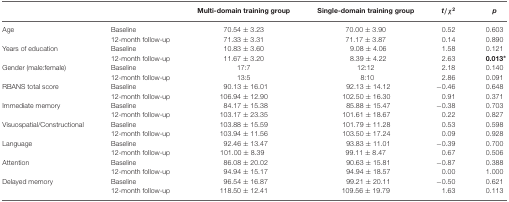
<table><thead><tr><td></td><td></td><td><b>Multi-domain training group</b></td><td><b>Single-domain training group</b></td><td><b><i>t</i>/χ<sup>2</sup></b></td><td><b><i>p</i></b></td></tr></thead><tbody><tr><td>Age</td><td>Baseline</td><td>70.54 ± 3.23</td><td>70.00 ± 3.90</td><td>0.52</td><td>0.603</td></tr><tr><td></td><td>12-month follow-up</td><td>71.33 ± 3.31</td><td>71.17 ± 3.87</td><td>0.14</td><td>0.890</td></tr><tr><td>Years of education</td><td>Baseline</td><td>10.83 ± 3.60</td><td>9.08 ± 4.06</td><td>1.58</td><td>0.121</td></tr><tr><td></td><td>12-month follow-up</td><td>11.67 ± 3.20</td><td>8.39 ± 4.22</td><td>2.63</td><td><b>0.013*</b></td></tr><tr><td>Gender (male:female)</td><td>Baseline</td><td>17:7</td><td>12:12</td><td>2.18</td><td>0.140</td></tr><tr><td></td><td>12-month follow-up</td><td>13:5</td><td>8:10</td><td>2.86</td><td>0.091</td></tr><tr><td>RBANS total score</td><td>Baseline</td><td>90.13 ± 16.01</td><td>92.13 ± 14.12</td><td>−0.46</td><td>0.648</td></tr><tr><td></td><td>12-month follow-up</td><td>106.94 ± 12.90</td><td>102.50 ± 16.30</td><td>0.91</td><td>0.371</td></tr><tr><td>Immediate memory</td><td>Baseline</td><td>84.17 ± 15.38</td><td>85.88 ± 15.47</td><td>−0.38</td><td>0.703</td></tr><tr><td></td><td>12-month follow-up</td><td>103.17 ± 23.35</td><td>101.61 ± 18.67</td><td>0.22</td><td>0.827</td></tr><tr><td>Visuospatial/Constructional</td><td>Baseline</td><td>103.88 ± 15.59</td><td>101.79 ± 11.28</td><td>0.53</td><td>0.598</td></tr><tr><td></td><td>12-month follow-up</td><td>103.94 ± 11.56</td><td>103.50 ± 17.24</td><td>0.09</td><td>0.928</td></tr><tr><td>Language</td><td>Baseline</td><td>92.46 ± 13.47</td><td>93.83 ± 11.01</td><td>−0.39</td><td>0.700</td></tr><tr><td></td><td>12-month follow-up</td><td>101.00 ± 8.39</td><td>99.11 ± 8.47</td><td>0.67</td><td>0.506</td></tr><tr><td>Attention</td><td>Baseline</td><td>86.08 ± 20.02</td><td>90.63 ± 15.81</td><td>−0.87</td><td>0.388</td></tr><tr><td></td><td>12-month follow-up</td><td>94.94 ± 15.17</td><td>94.94 ± 18.57</td><td>0.00</td><td>1.000</td></tr><tr><td>Delayed memory</td><td>Baseline</td><td>96.54 ± 16.87</td><td>99.21 ± 20.11</td><td>−0.50</td><td>0.621</td></tr><tr><td></td><td>12-month follow-up</td><td>118.50 ± 12.41</td><td>109.56 ± 19.79</td><td>1.63</td><td>0.113</td></tr></tbody></table>